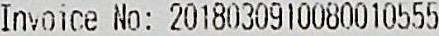
INVOICE NO: 2018030910080010555